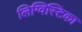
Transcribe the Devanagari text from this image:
लिग्विस्टिका